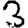
Digit: 3